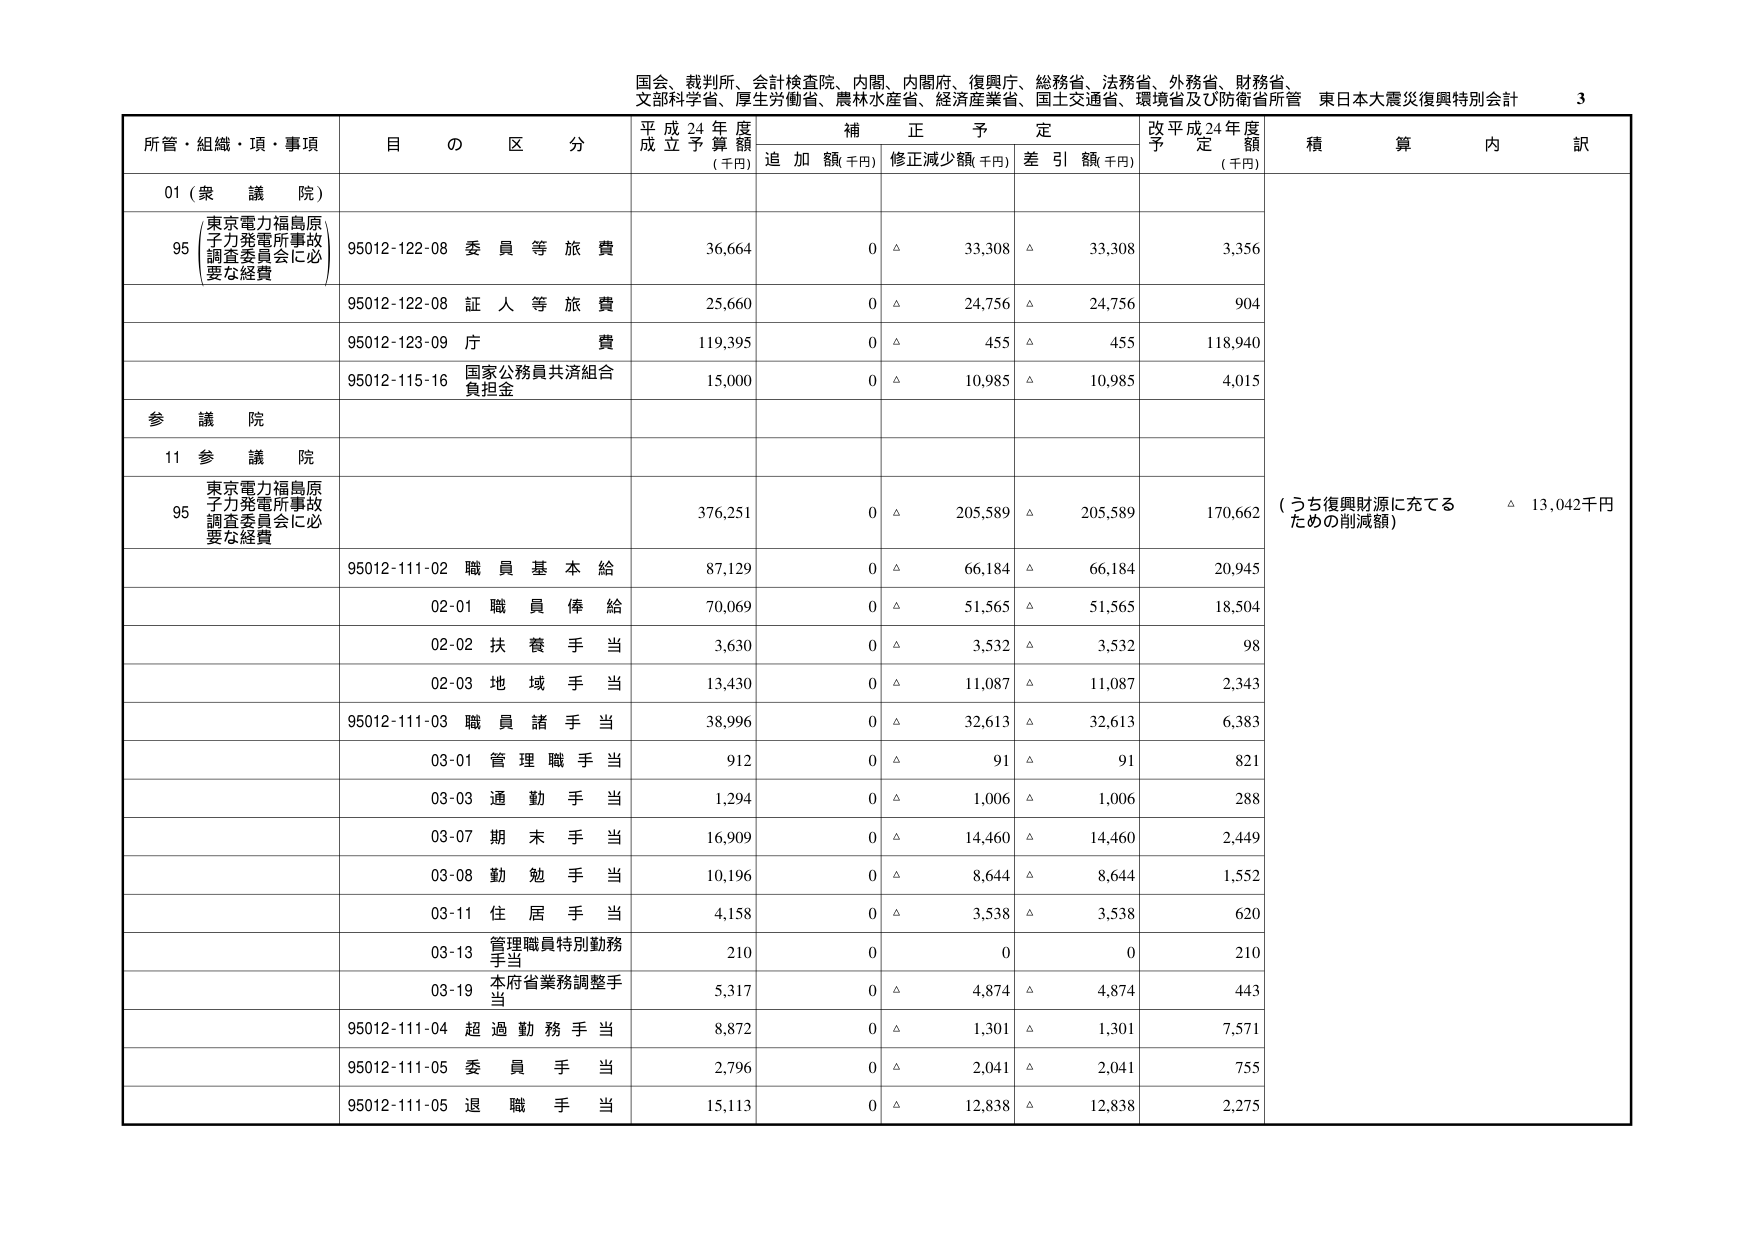
国会、裁判所、会計検査院、内閣、内閣府、復興庁、総務省、法務省、外務省、財務省、
文部科学省、厚生労働省、農林水産省、経済産業省、国土交通省、環境省及び防衛省所管 東日本大震災復興特別会計 3

所管・組織・項・事項 目 の 区 分 平成24年度 成立予算額 (千円) 補正予定 追加額(千円) 修正減少額(千円) 差引額(千円) 改平成24年度 予定額 (千円) 積算 内訳

01 (衆議院)

95 東京電力福島原子力発電所事故 調査委員会に必要な経費 95012-122-08 委員等旅費 36,664 0 △ 33,308 △ 33,308 3,356

95012-122-08 証人等旅費 25,660 0 △ 24,756 △ 24,756 904

95012-123-09 庁費 119,395 0 △ 455 △ 455 118,940

95012-115-16 国家公務員共済組合負担金 15,000 0 △ 10,985 △ 10,985 4,015

参議院

11 参議院

95 東京電力福島原子力発電所事故 調査委員会に必要な経費 376,251 0 △ 205,589 △ 205,589 170,662 (うち復興財源に充てる ための削減額) △ 13,042千円

95012-111-02 職員基本給 87,129 0 △ 66,184 △ 66,184 20,945

02-01 職員俸給 70,069 0 △ 51,565 △ 51,565 18,504

02-02 扶養手当 3,630 0 △ 3,532 △ 3,532 98

02-03 地域手当 13,430 0 △ 11,087 △ 11,087 2,343

95012-111-03 職員諸手当 38,996 0 △ 32,613 △ 32,613 6,383

03-01 管理職手当 912 0 △ 91 △ 91 821

03-03 通勤手当 1,294 0 △ 1,006 △ 1,006 288

03-07 期末手当 16,909 0 △ 14,460 △ 14,460 2,449

03-08 勤勉手当 10,196 0 △ 8,644 △ 8,644 1,552

03-11 住居手当 4,158 0 △ 3,538 △ 3,538 620

03-13 管理職員特別勤務手当 210 0 0 0 210

03-19 本府省業務調整手当 5,317 0 △ 4,874 △ 4,874 443

95012-111-04 超過勤務手当 8,872 0 △ 1,301 △ 1,301 7,571

95012-111-05 委員手当 2,796 0 △ 2,041 △ 2,041 755

95012-111-05 退職手当 15,113 0 △ 12,838 △ 12,838 2,275